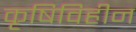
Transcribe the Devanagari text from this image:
कृषिविहीन